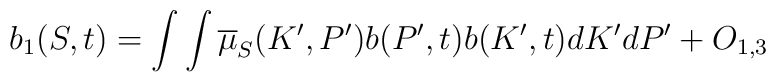
b_{1}(S,t)=\int \int \overline{\mu }_{S}(K^{\prime },P^{\prime })b(P^{\prime},t)b(K^{\prime },t)dK^{\prime }dP^{\prime }+O_{1,3}